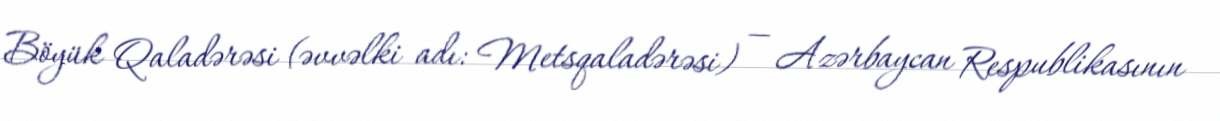
Böyük Qaladərəsi (əvvəlki adı: Metsqaladərəsi) — Azərbaycan Respublikasının